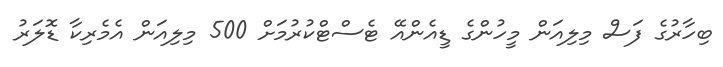
ބިހާރުގެ ފަސް މިލިއަން މީހުންގެ ޑީއެންއޭ ޓެސްޓްކުރުމަށް 500 މިލިއަން އެމެރިކާ ޑޮލަރު